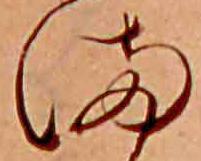
ま